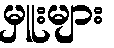
မှူးများ